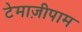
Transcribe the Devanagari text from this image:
टेमाज़ीपाम